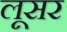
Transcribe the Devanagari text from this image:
लूसर